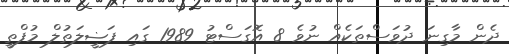
ދެން މާގިނަ ދުވަސްތަކެއް ނުވެ 8 އޮގަސްޓު 1989 ގައި ފަޟީލަތުލް މުފްތީ